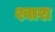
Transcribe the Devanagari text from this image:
श्वाश